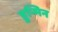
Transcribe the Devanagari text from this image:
हुन्मिन